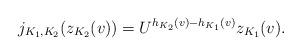
LaTeX: \begin{align*}j_{K_1,K_2}(z_{K_2}(v))=U^{h_{K_2}(v)-h_{K_1}(v)}z_{K_1}(v).\end{align*}